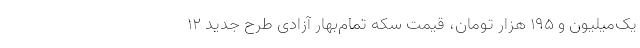
یک‌میلیون و ۱۹۵ هزار تومان، قیمت سکه تمام‌بهار آزادی طرح جدید ۱۲